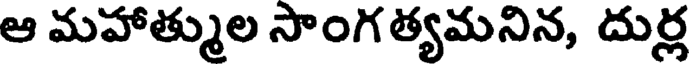
ఆ మహాత్ముల సాంగత్యమనిన, దుర్ల